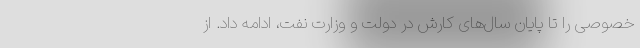
خصوصی را تا پایان سال‌های کارش در دولت و وزارت نفت، ادامه داد. از